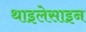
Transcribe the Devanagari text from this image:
थाइलेसाइन